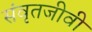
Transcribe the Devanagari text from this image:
संवृतजीवी